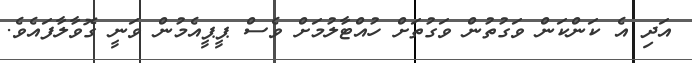
އަދި އެ ކަންކަން ވަގުތުން ވަގުތަށް ހުއްޓާލުމަށް ވެސް ޕީޕީއެމުން ވަނީ ގޮވާލާފައެވެ.